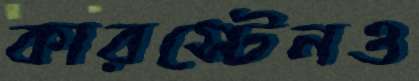
কারস্টেনও